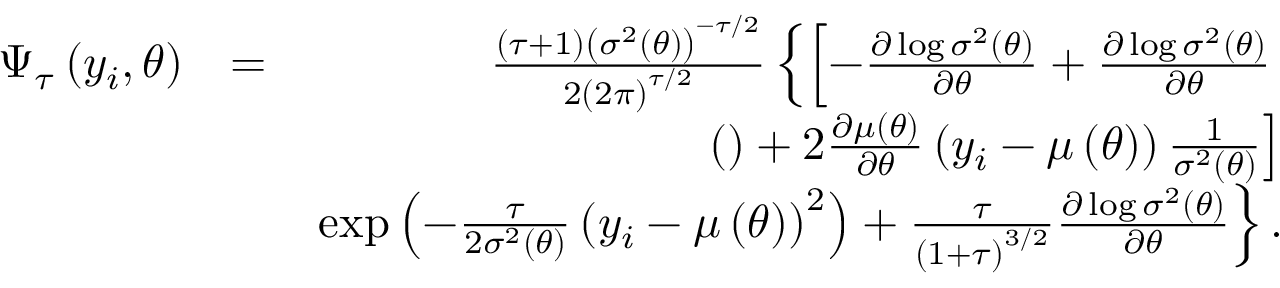
\begin{array} { r l r } { \Psi _ { \tau } \left( y _ { i } , \theta \right) } & { = } & { \frac { \left( \tau + 1 \right) \left( \sigma ^ { 2 } \left( \theta \right) \right) ^ { - \tau / 2 } } { 2 \left( 2 \pi \right) ^ { \tau / 2 } } \left\{ \left[ - \frac { \partial \log \sigma ^ { 2 } \left( \theta \right) } { \partial \theta } + \frac { \partial \log \sigma ^ { 2 } \left( \theta \right) } { \partial \theta } \right. \right. } \\ & { } & { \left. ( ) + 2 \frac { \partial \mu \left( \theta \right) } { \partial \theta } \left( y _ { i } - \mu \left( \theta \right) \right) \frac { 1 } { \sigma ^ { 2 } \left( \theta \right) } \right] } \\ & { } & { \left. \exp \left( - \frac { \tau } { 2 \sigma ^ { 2 } \left( \theta \right) } \left( y _ { i } - \mu \left( \theta \right) \right) ^ { 2 } \right) + \frac { \tau } { \left( 1 + \tau \right) ^ { 3 / 2 } } \frac { \partial \log \sigma ^ { 2 } \left( \theta \right) } { \partial \theta } \right\} . } \end{array}